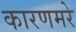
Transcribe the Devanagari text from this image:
कारणमरे